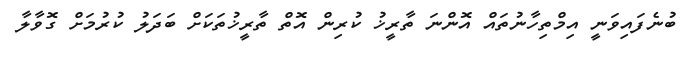
ބުނެފައިވަނީ އިމްތިހާނުތައް އޮންނަ ތާރީޚު ކުރިން އޮތް ތާރީޚުތަކަށް ބަދަލު ކުރުމަށް ގޮވާލާ